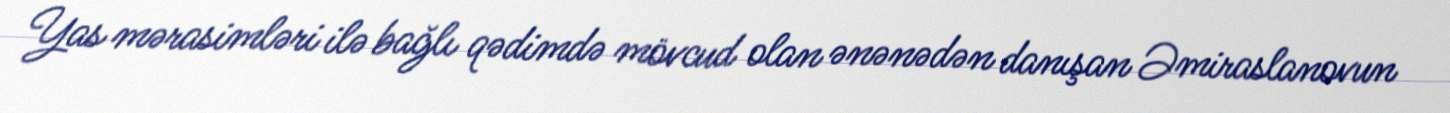
Yas mərasimləri ilə bağlı qədimdə mövcud olan ənənədən danışan Əmiraslanovun